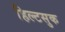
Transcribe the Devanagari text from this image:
हिल्टसुक